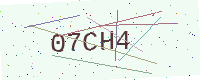
Text: 07CH4